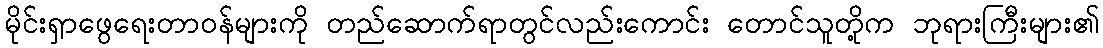
မိုင်းရှာဖွေရေးတာဝန်များကို တည်ဆောက်ရာတွင်လည်းကောင်း တောင်သူတို့က ဘုရားကြီးများ၏